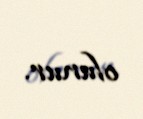
olunur.